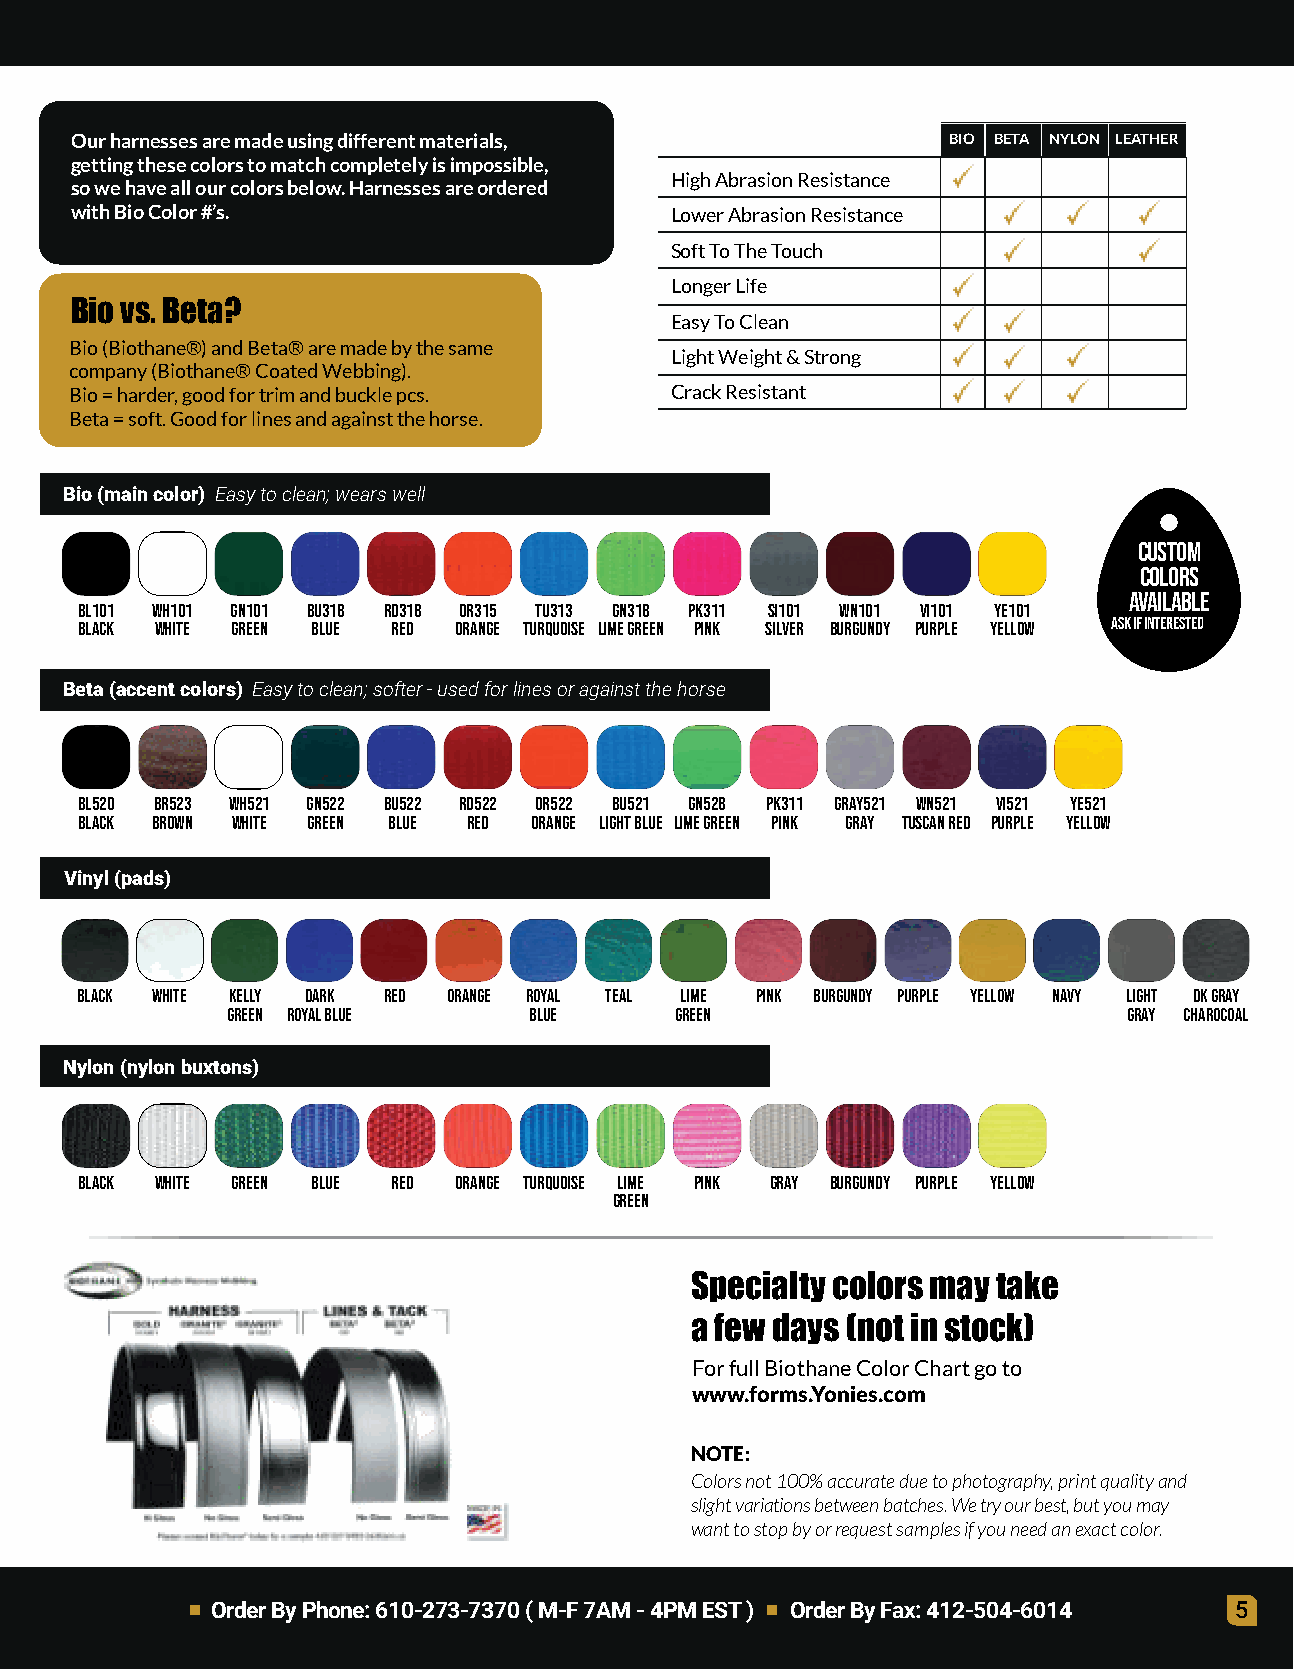
Ourharnessesaremadeusingdifferentmaterials,               BIO BETA NYLON LEATHER
 gettingthesecolorstomatchcompletelyisimpossible,
 HighAbrasionResistance
 sowehaveallourcolorsbelow.Harnessesareordered
 withBioColor#’s.                       LowerAbrasionResistance
 SoftToTheTouch
 LongerLife
 Biovs.Beta?
 EasyToClean
 Bio(Biothane®)andBeta®aremadebythesame
 LightWeight&Strong
 company(Biothane®CoatedWebbing).
 Bio=harder,goodfortrimandbucklepcs.    CrackResistant
 Beta=soft.Goodforlinesandagainstthehorse.
 Bio(maincolor) Easytoclean;wearswell
 Custom
 colors
 available
 BL101 WH101 GN101 BU318 RD318 OR315 TU313 GN318 PK311 SI101 WN101 VI101 YE101
 Black White Green Blue Red Orange Turquoise LimeGreen Pink Silver Burgundy Purple Yellow Askifinterested
 Beta(accentcolors) Easytoclean;softer-usedforlinesoragainstthehorse
 BL520 BR523 WH521 GN522 BU522 RD522 OR522 BU521 GN528 PK311 GRAY521 WN521 VI521 YE521
 Black Brown White Green Blue Red Orange LightBlue LimeGreen Pink Gray TuscanRed Purple Yellow
 Vinyl(pads)
 Black White Kelly Dark Red Orange Royal Teal Lime Pink Burgundy Purple Yellow Navy Light DkGray
 Green RoyalBlue     Blue      Green                         Gray Charocoal
 Nylon(nylonbuxtons)
 Black White Green Blue Red Orange Turquoise Lime Pink Gray Burgundy Purple Yellow
 Green
 Specialtycolorsmaytake
 afewdays(notinstock)
 ForfullBiothaneColorChartgoto
 www.forms.Yonies.com
 NOTE:
 Colorsnot100%accurateduetophotography,printqualityand
 slightvariationsbetweenbatches.Wetryourbest,butyoumay
 wanttostopbyorrequestsamplesifyouneedanexactcolor.
 OrderByPhone:610-273-7370(M-F7AM-4PMEST) OrderByFax:412-504-6014    5